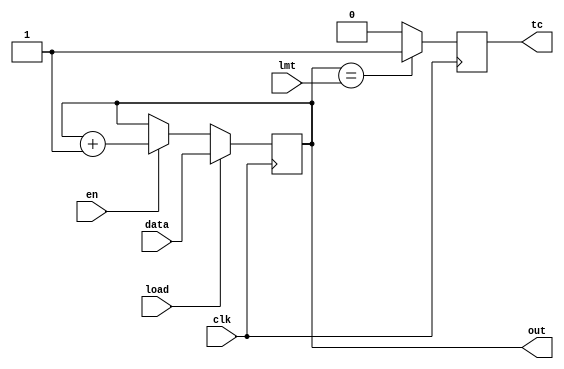
`timescale 1ns / 1ps

module cnt1(out,data,load,en,clk,tc,lmt);
  output [31:0] out;
  output reg tc;
  input [31:0] data;
  input load, en, clk;
  reg [31:0] out;
  parameter reset=0;
  input [31:0]lmt;
  initial begin out=32'b0;
  tc=0; end
  always @(negedge clk)
  if (reset) begin
    out <= 32'b0 ;
  end else if (load) begin
    out <= data;
  end else if (en)
    out <= out + 32'b00000000000000000000000000000001;
  else out <= out;
  always @(posedge clk)
  if (out ==lmt)
  tc<=1;
  else tc<=0;
endmodule